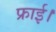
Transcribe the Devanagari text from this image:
फ्राई।